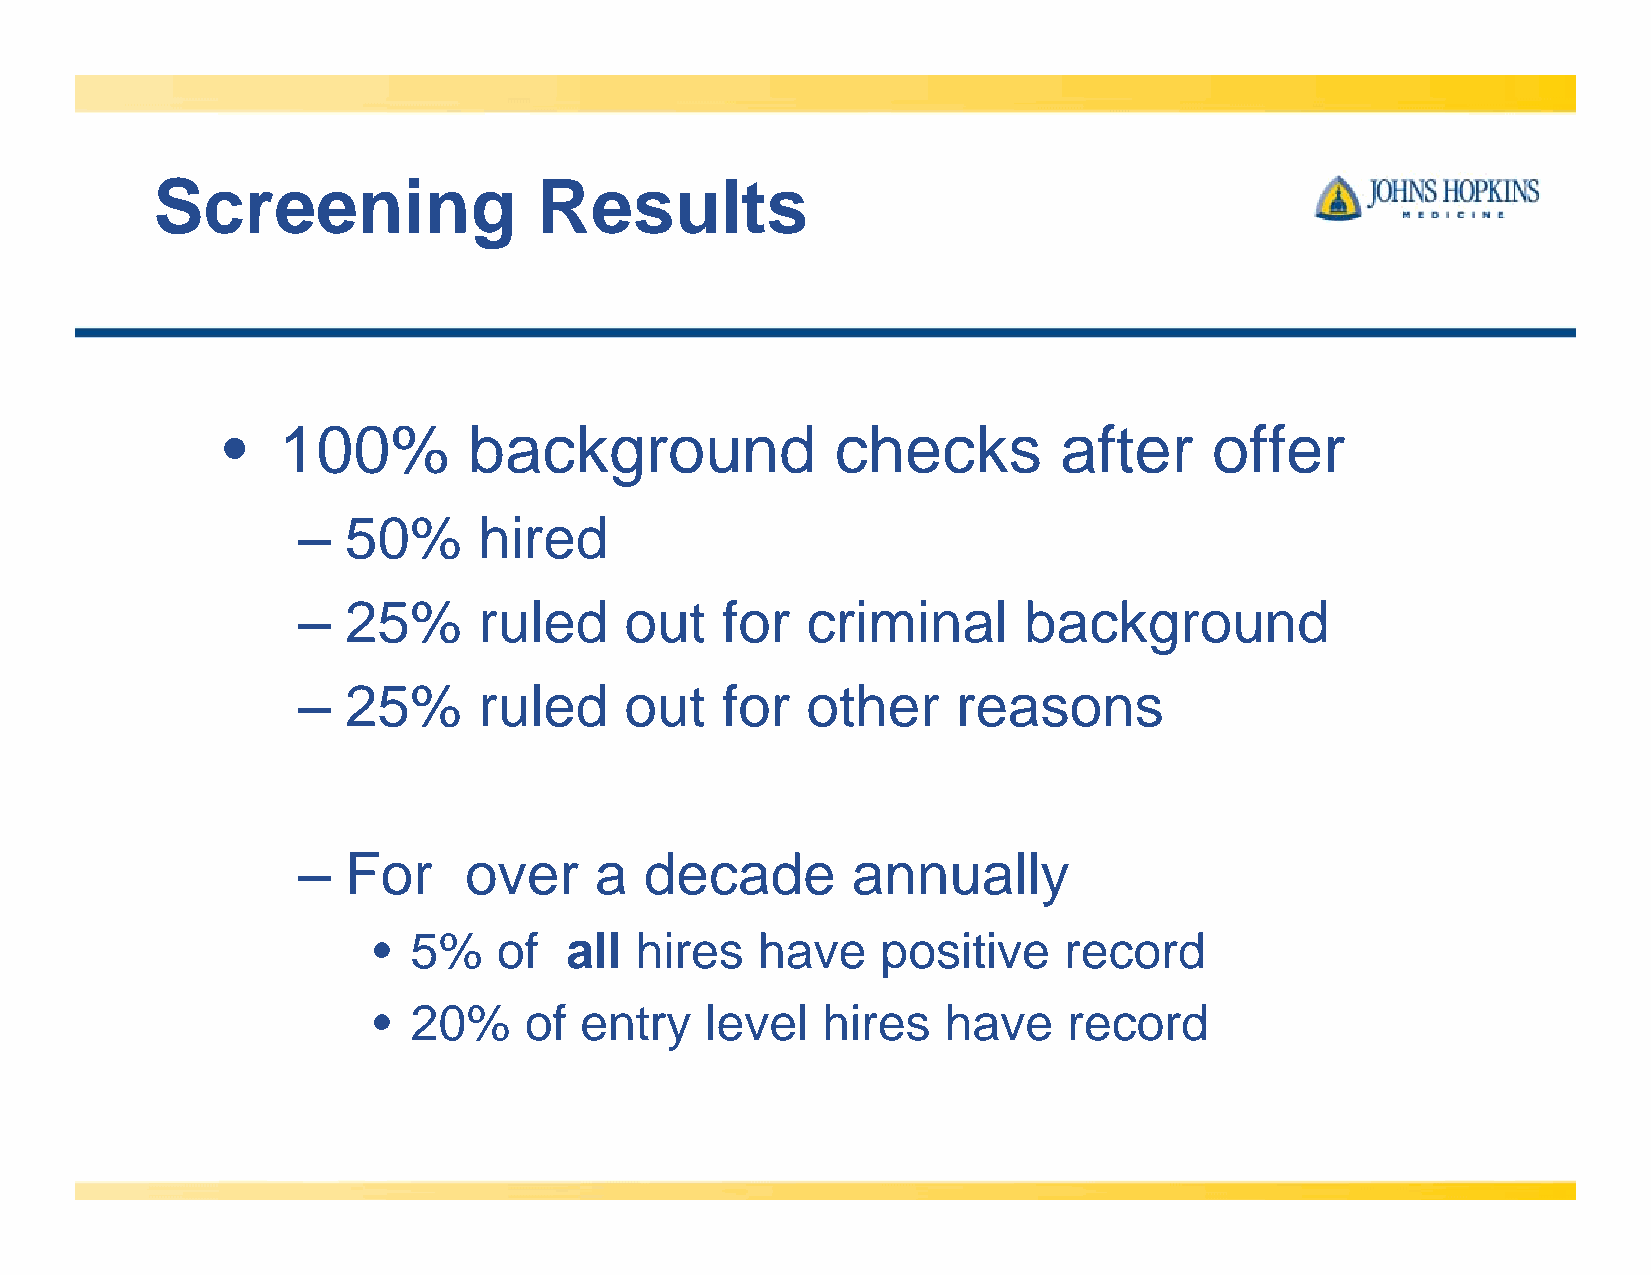
Screening                 Results
 •  100%         background              checks         after     offer
 –  50%      hired
 –  25%      ruled    out    for  criminal       background
 –  25%      ruled    out    for  other     reasons
 –  For     over    a   decade       annually
 •5%    of   all  hires   have    positive    record
 • 20%     of entry    level  hires    have    record